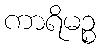
ကာရိမဉ္စ